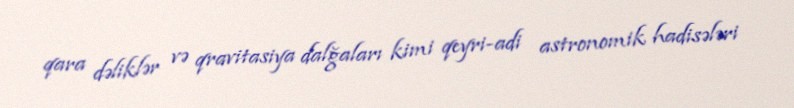
qara dəliklər və qravitasiya dalğaları kimi qeyri-adi astronomik hadisələri